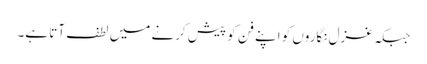
جبکہ غزل نگاروں کو اپنے فن کو پیش کرنے میں لطف آتا ہے۔